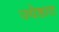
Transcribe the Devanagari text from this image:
ज्येष्ठात